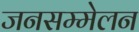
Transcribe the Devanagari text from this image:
जनसम्मेलन